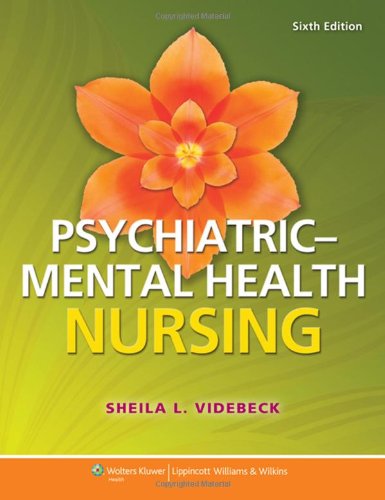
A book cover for Psychiatric-Mental Health Nursing; Sheila L. Videbeck; Medical Books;